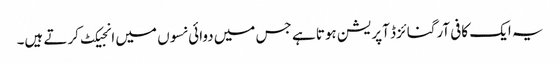
یہ ایک کافی آرگنائزڈ آپریشن ہوتا ہے جس میں دوائی نسوں میں انجیکٹ کرتے ہیں۔